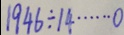
1 9 4 6 \div 1 4 \cdots 0